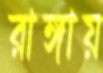
রাঙ্গায়